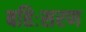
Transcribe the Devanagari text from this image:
बहिःसरण